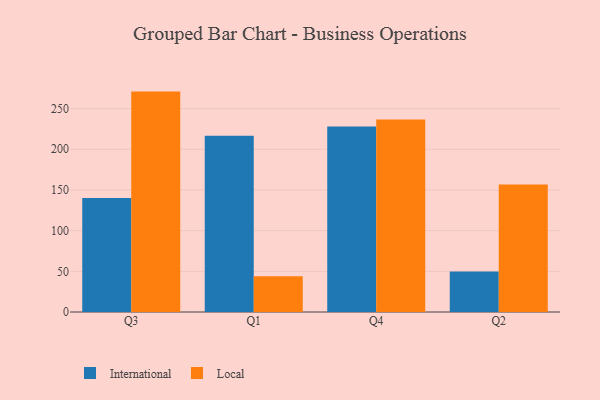
{"axis": {"x": "Quarter", "y": "Production Output"}, "legend": ["International", "Local"], "data": [{"x": "Q3", "y": 140.1, "type": "International"}, {"x": "Q3", "y": 270.9, "type": "Local"}, {"x": "Q1", "y": 216.7, "type": "International"}, {"x": "Q1", "y": 43.8, "type": "Local"}, {"x": "Q4", "y": 227.9, "type": "International"}, {"x": "Q4", "y": 236.6, "type": "Local"}, {"x": "Q2", "y": 49.9, "type": "International"}, {"x": "Q2", "y": 156.6, "type": "Local"}]}